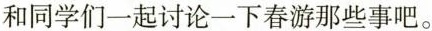
和同学们一起讨论一下春游那些事吧。